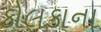
કોલકાના